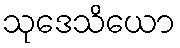
သုဒေသိယော